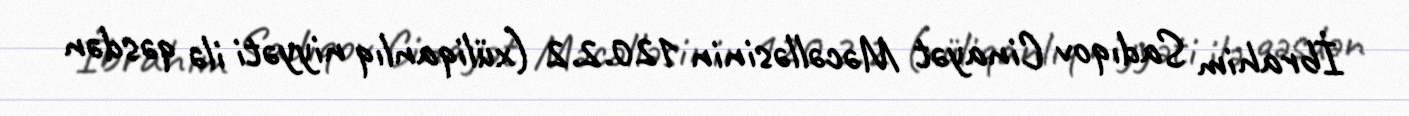
İbrahim Sadıqov Cinayət Məcəlləsinin 120.2.2 (xüliqanlıq niyyəti ilə qəsdən